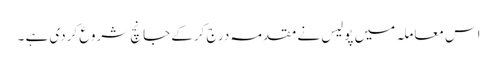
اس معاملہ میں پولیس نے مقدمہ درج کرکے جانچ شروع کردی ہے ۔